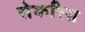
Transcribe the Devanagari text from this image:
सेकरिस